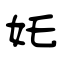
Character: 奼